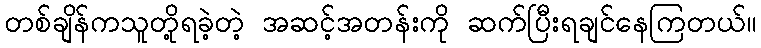
တစ်ချိန်ကသူတို့ရခဲ့တဲ့ အဆင့်အတန်းကို ဆက်ပြီးရချင်နေကြတယ်။